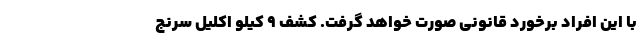
با این افراد برخورد قانونی صورت خواهد گرفت. کشف ۹ کیلو اکلیل سرنج